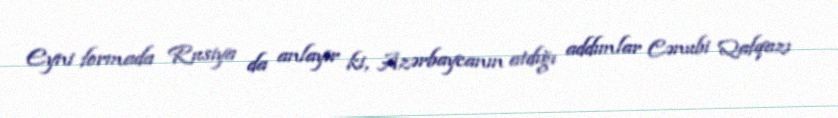
Eyni formada Rusiya da anlayır ki, Azərbaycanın atdığı addımlar Cənubi Qafqazı